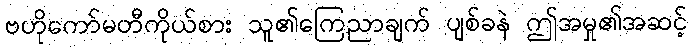
ဗဟိုကော်မတီကိုယ်စား သူ၏ကြေညာချက် ပျစ်ခနဲ ဤအမှု၏အဆင့်